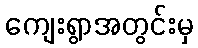
ကျေးရွာအတွင်းမှ